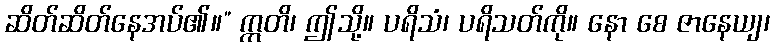
ဆိတ်ဆိတ်နေအပ်၏။” ဣတိ၊ ဤသို့။ ပရိသံ၊ ပရိသတ်ကို။ နော စေ ဇာနေယျ၊